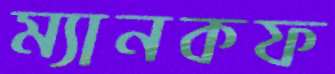
ম্যানকফ